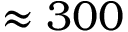
\approx 3 0 0